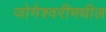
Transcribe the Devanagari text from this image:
जोगेश्वरीमधील